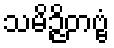
သမိဉ္ဇိတဗ္ဗံ